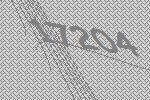
17204